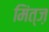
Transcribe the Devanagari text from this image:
मिंत्ज़